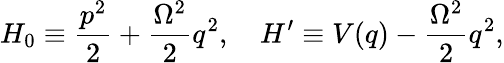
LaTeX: H_{0}\equiv{\frac{p^{2}}{2}}+{\frac{\Omega^{2}}{2}}q^{2},\quad H^{\prime}\equiv V(q)-{\frac{\Omega^{2}}{2}}q^{2},